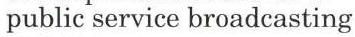
public service broadcasting